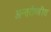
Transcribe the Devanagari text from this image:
अन्तर्राष्त्रीय